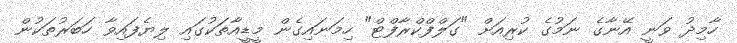
ހާމިދު ވަނީ އޭނާގެ ނަމުގެ ކުރިއަށް "ގަލްފްކްރާފްޓް" ހިމަނައިގެން މީޑީއާތަކުގައި ލިޔެފައިވާ ހަބަރުތަކުން